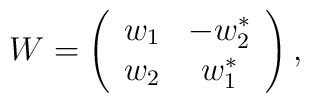
W= \left(\begin{array}{cc}w_{1} & -w_{2}^{\ast}\\w_{2} & w_{1}^{\ast}\end{array}\right),